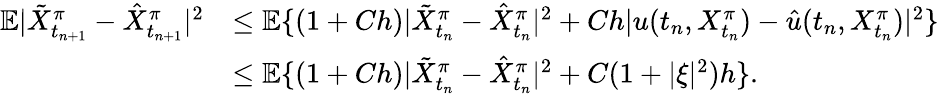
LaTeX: \begin{array}{r}{\begin{array}{rl}{\mathbb{E}|\tilde{X}_{t_{n+1}}^{\pi}-\hat{X}_{t_{n+1}}^{\pi}|^{2}}&{\leq\mathbb{E}\{ (1+Ch)|\tilde{X}_{t_{n}}^{\pi}-\hat{X}_{t_{n}}^{\pi}|^{2}+Ch|u(t_{n},X_{t_{n}}^{\pi})-\hat{u}(t_{n},X_{t_{n}}^{\pi})|^{2}\} }\\ &{\leq\mathbb{E}\{ (1+Ch)|\tilde{X}_{t_{n}}^{\pi}-\hat{X}_{t_{n}}^{\pi}|^{2}+C(1+|\xi|^{2})h\} .}\end{array}}\end{array}